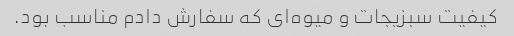
کیفیت سبزیجات و میوه‌ای که سفارش دادم مناسب بود.